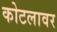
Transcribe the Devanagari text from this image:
कोटलावर